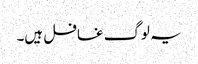
یہ لوگ غافل ہیں۔